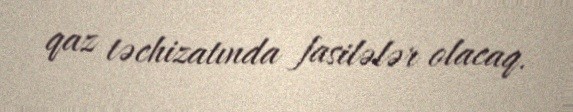
qaz təchizatında fasilələr olacaq.